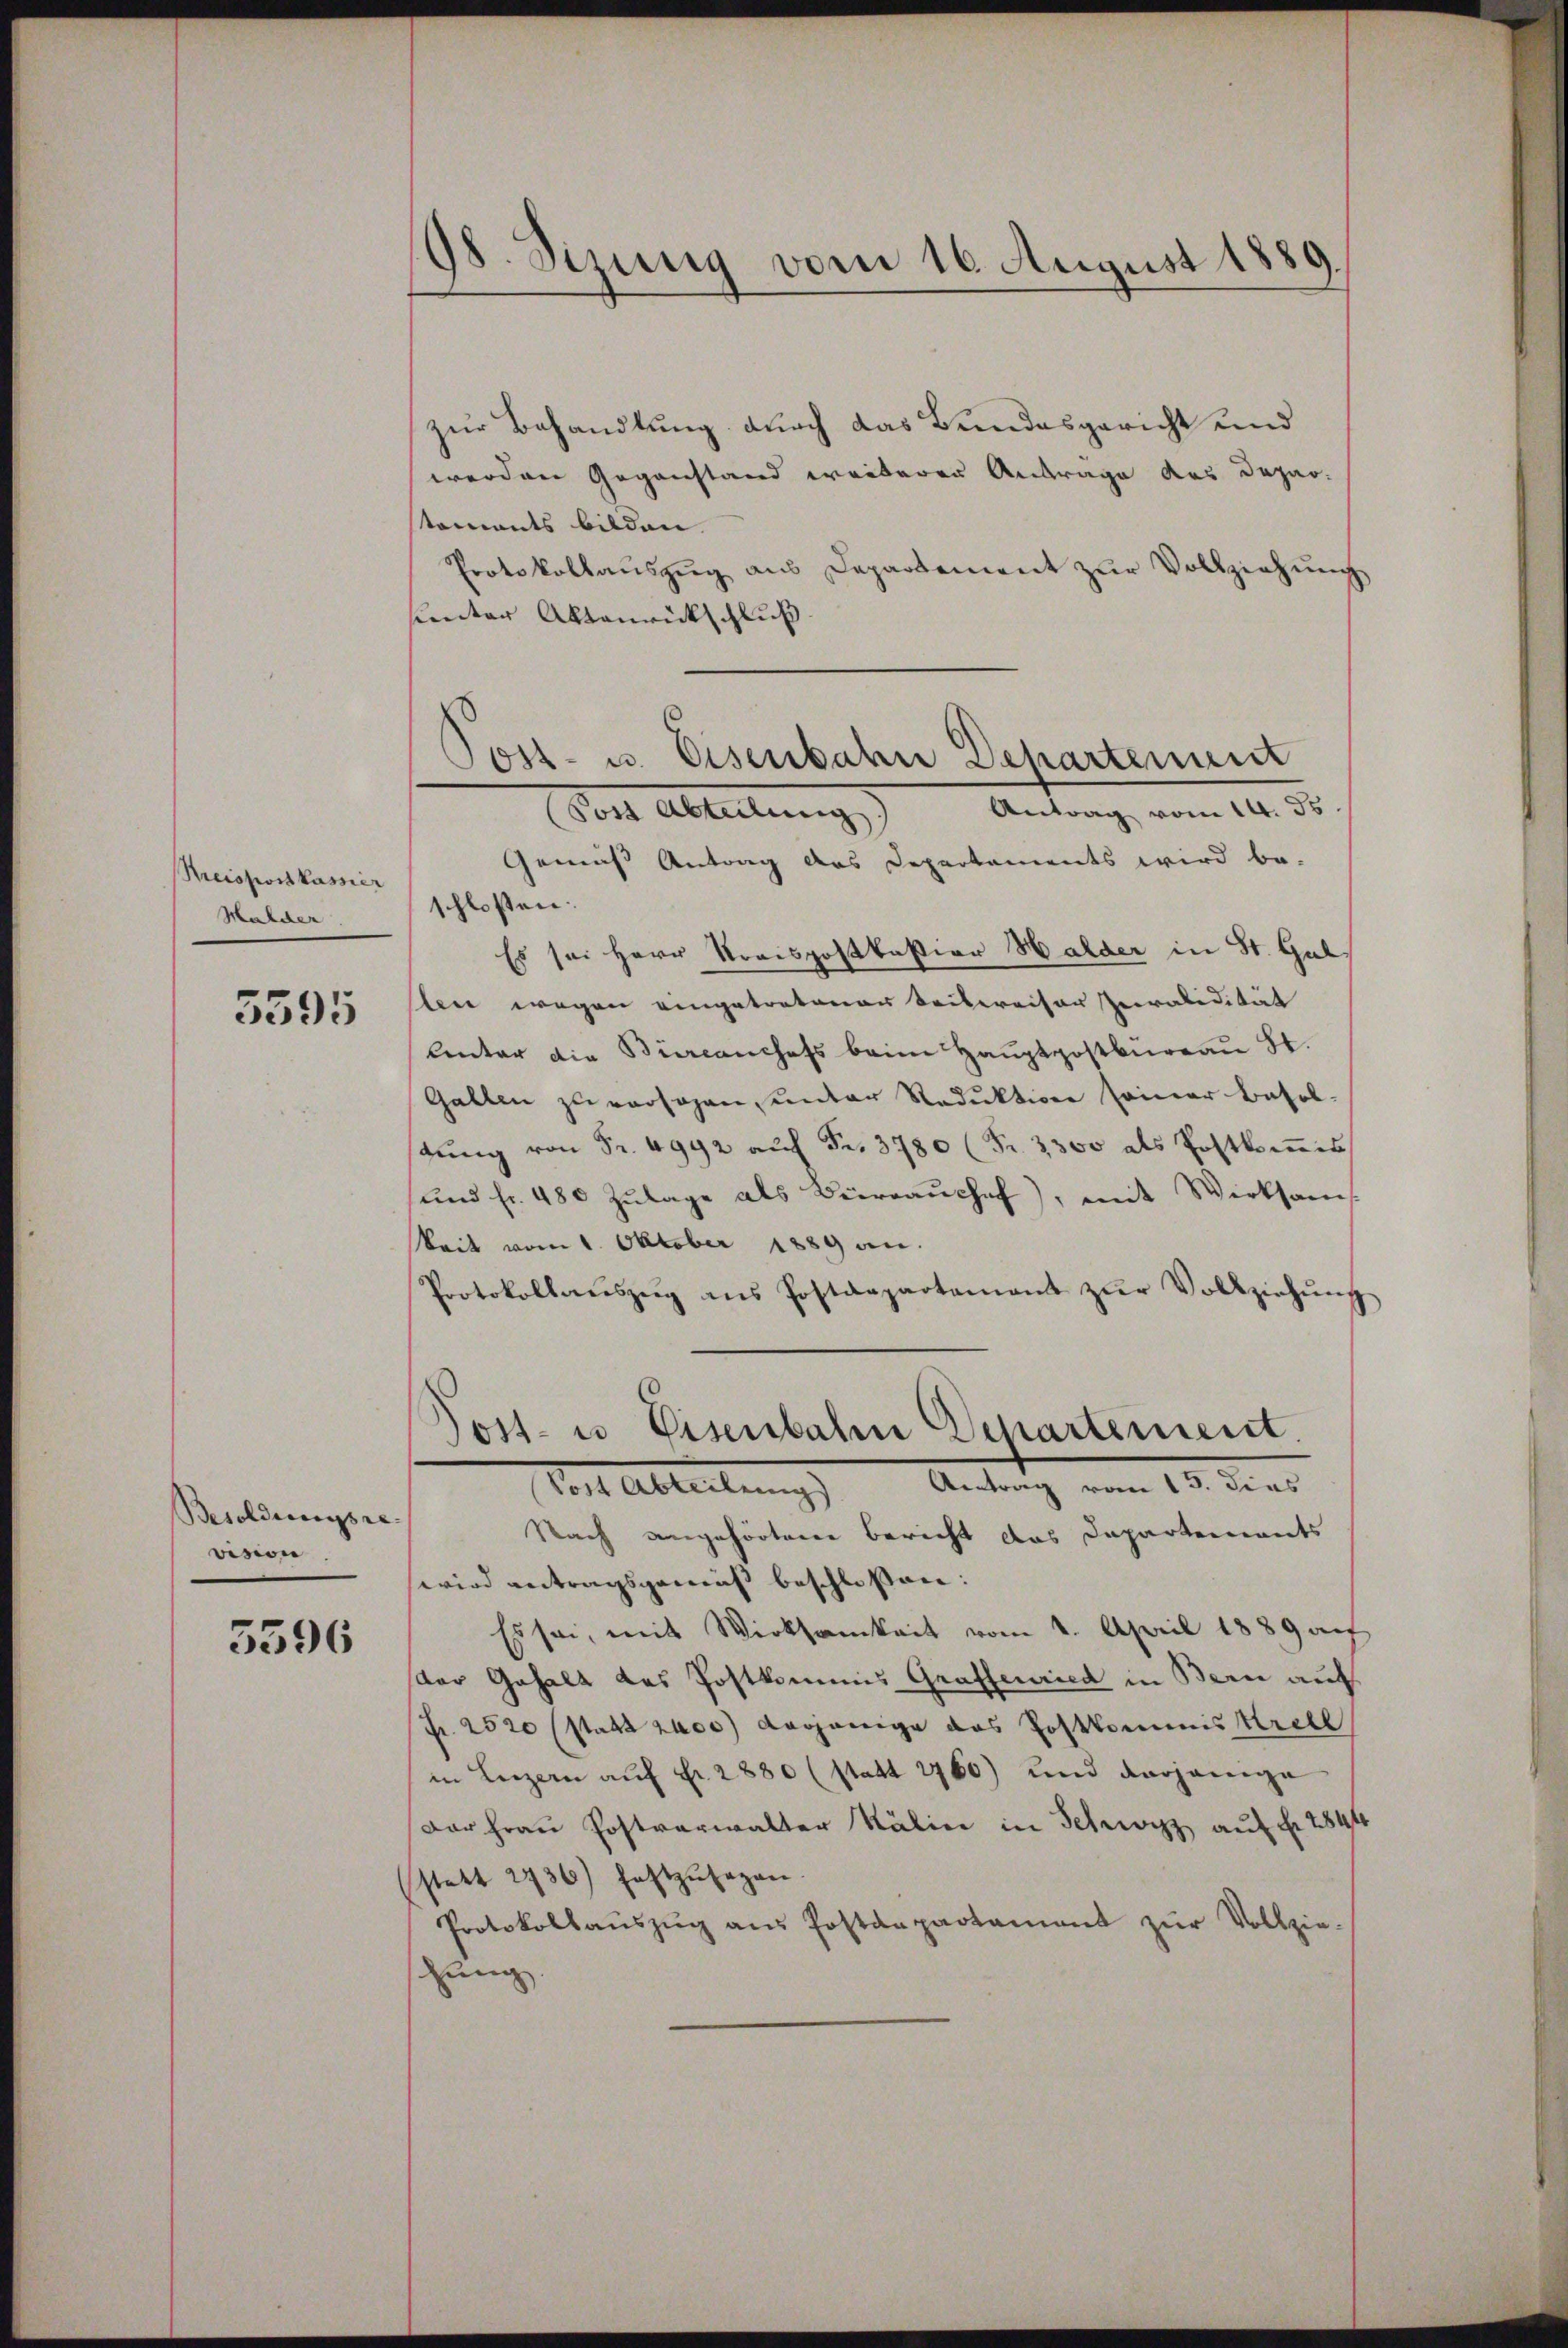
Kreispostkassier
Halder

5595

Besoldungsre
vision

5596

98. Sizung vom 16. August 1889.

zur Behandlung durch das Bundesgericht und
werden Gegenstand weiterer Antrage des Depar-
toments bilden.
Protokollaŭszŭg aŭs Departement zŭr Vollziehŭng
sunter Aktenrückschluß.
Gemäss Antrag das Departements wird be-
schlossen:
Es sei Herr Preispostkastian Halder in St. Gul
ben wegen eingetretenen Seitereiser Peralidität
Unter die Biercanchefs beim Hauptpostbureau St.
Gallen zu versagen, unter Reduktion seiner Besoltŭng von Fr. 4992 aŭf Fr. 3780 (Fr. 3300 als Postkomis
ŭnd fr. 480 Zŭlage als Büreaŭchef, mit Wirksam-
keit vom 1. Oktober 1889 an.
Protokollaŭszŭg ans Postdepartamant zŭr Vollziehŭng
Post- u. Eisenbahn Departement
Post Abteilung) Antrag vom 13. dies
Nach angehörteren Bericht das Departements
wird antragsgemäß beschlossen:
Es sei, mit Wirksamkeit vom 1. April 1889 auf
der Gehalt des Postkommis Graffenried in Bern auf
Fr. 2520 (statt 2000) dasjenige das Postkommis Kretl
in Luzern auf Fr. 2880 (statt 1760) und derjenige
Dar Fraŭ Postverwalter Kälin in Schwyz aŭf fr. 2849
sstatt 2736) festzŭsagen.
Protokollaŭszŭg aŭs Postenpartament zŭr Vollzie-
Eing

Post- u. Eisenbahn Departement
Antrag vom 14. ds.
Post Ableitung